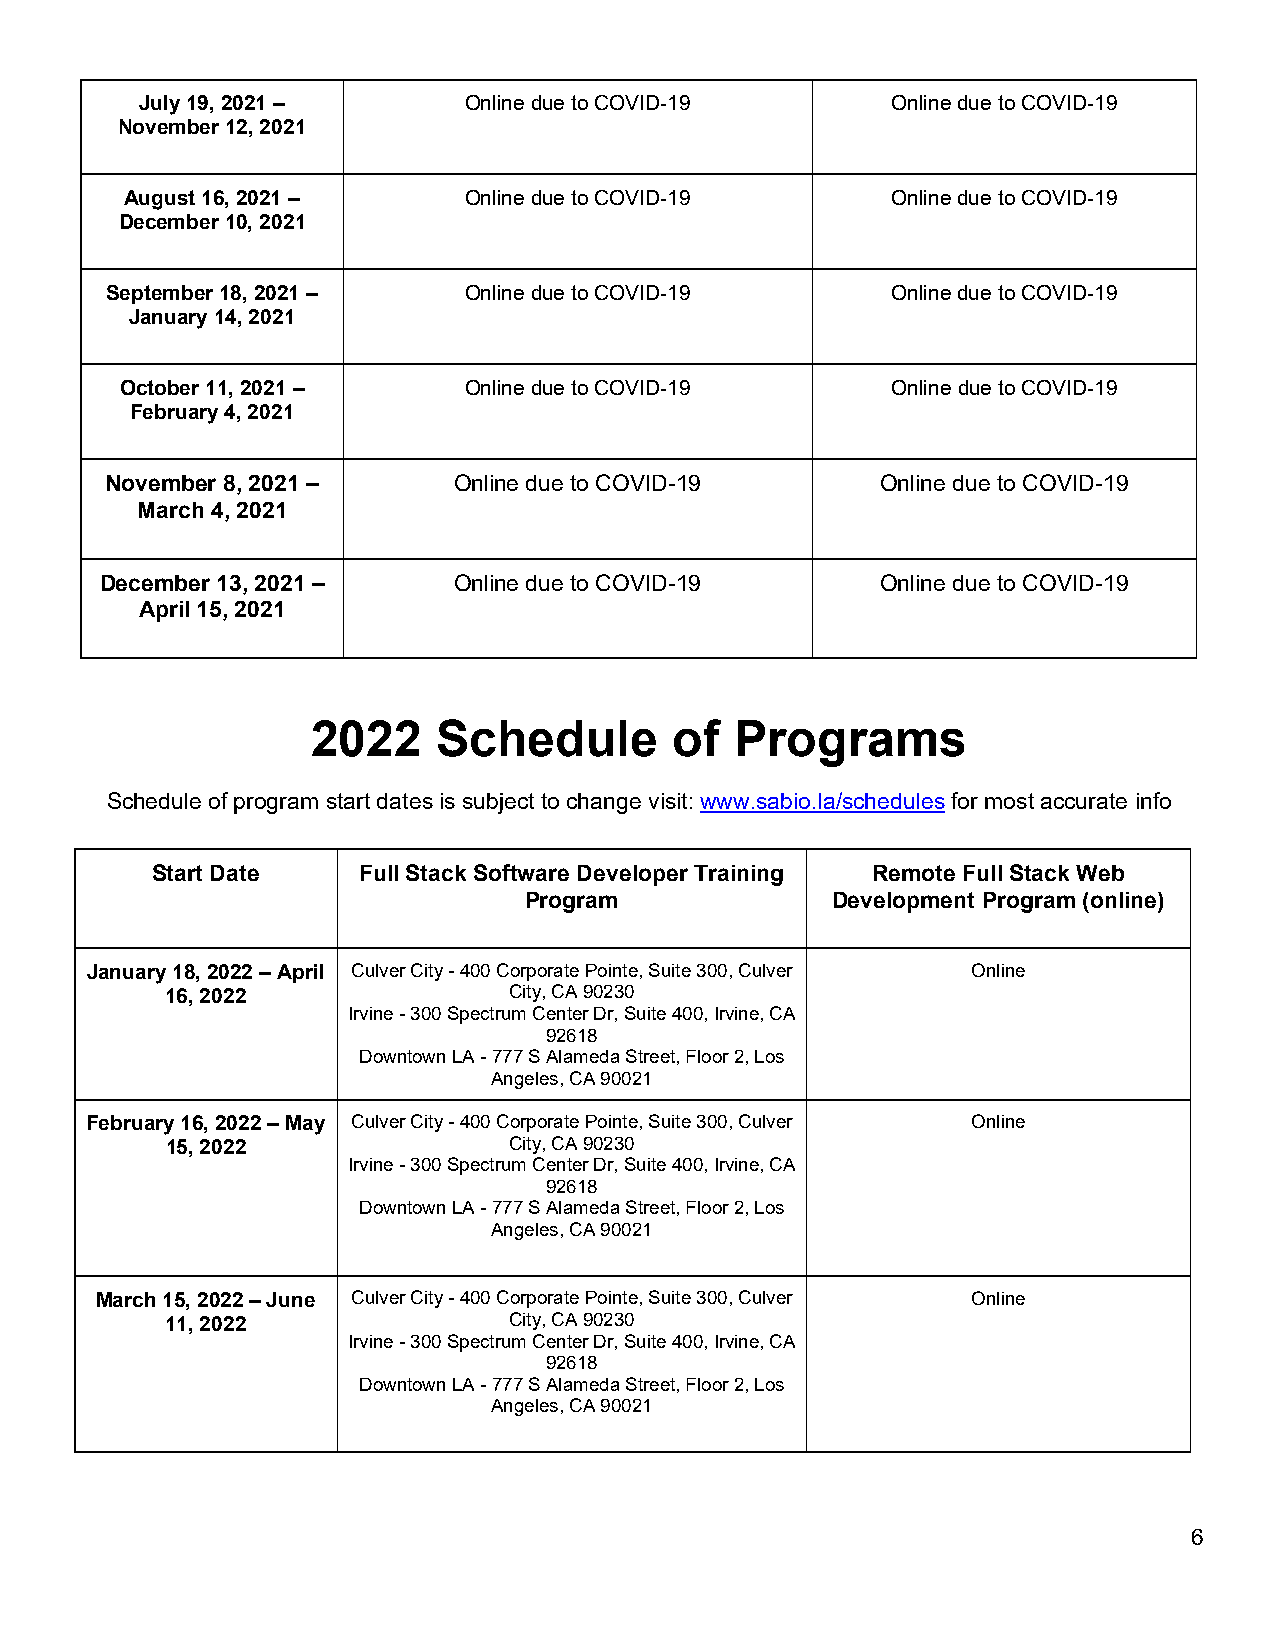
July 19, 2021 –       Online due to COVID-19      Online due to COVID-19
 November 12, 2021
 August 16, 2021 –      Online due to COVID-19      Online due to COVID-19
 December 10, 2021
 September 18, 2021 –    Online due to COVID-19      Online due to COVID-19
 January 14, 2021
 October 11, 2021 –     Online due to COVID-19      Online due to COVID-19
 February 4, 2021
 November 8, 2021 –     Online due to COVID-19      Online due to COVID-19
 March 4, 2021
 December 13, 2021 –    Online due to COVID-19      Online due to COVID-19
 April 15, 2021
 2022    Schedule        of  Programs
 Schedule of program start dates is subject to change visit: www.sabio.la/schedules for most accurate info
 Start Date    Full Stack Software Developer Training Remote Full Stack Web
 Program             Development Program (online)
 January 18, 2022 – April Culver City - 400 Corporate Pointe, Suite 300, Culver Online
 16, 2022               City, CA 90230
 Irvine - 300 Spectrum Center Dr, Suite 400, Irvine, CA
 92618
 Downtown LA - 777 S Alameda Street, Floor 2, Los
 Angeles, CA 90021
 February 16, 2022 – May Culver City - 400 Corporate Pointe, Suite 300, Culver Online
 15, 2022               City, CA 90230
 Irvine - 300 Spectrum Center Dr, Suite 400, Irvine, CA
 92618
 Downtown LA - 777 S Alameda Street, Floor 2, Los
 Angeles, CA 90021
 March 15, 2022 – June Culver City - 400 Corporate Pointe, Suite 300, Culver Online
 11, 2022               City, CA 90230
 Irvine - 300 Spectrum Center Dr, Suite 400, Irvine, CA
 92618
 Downtown LA - 777 S Alameda Street, Floor 2, Los
 Angeles, CA 90021
 6